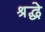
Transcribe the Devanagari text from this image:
श्रद्धे